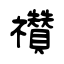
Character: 禶